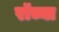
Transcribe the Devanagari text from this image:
रॉच्या